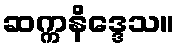
ဆက္ကနိဒ္ဒေသ။